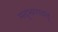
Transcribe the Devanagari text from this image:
मद्‌भागवद्‌